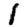
Digit: 1